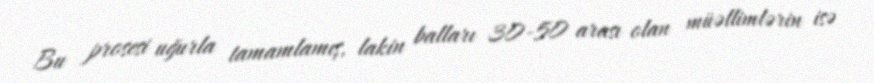
Bu prosesi uğurla tamamlamış, lakin balları 30-50 arası olan müəllimlərin isə